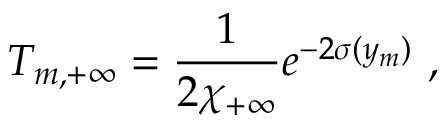
T _ { m , + \infty } = { \frac { 1 } { \displaystyle { 2 \chi _ { + \infty } } } } e ^ { - 2 \sigma ( y _ { m } ) } ~ , ~ \,